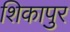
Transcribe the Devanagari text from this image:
शिकापुर